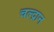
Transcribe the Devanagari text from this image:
चल्द्रान